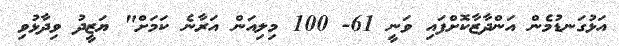
އަޅުގަނޑުމެން އަންދާޒާކޮށްފައި ވަނީ 61- 100 މިލިއަން އަރާނެ ކަމަށް" ޔަޒީދު ވިދާޅުވި